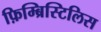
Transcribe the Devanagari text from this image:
फ़िम्ब्रिस्टिलिस